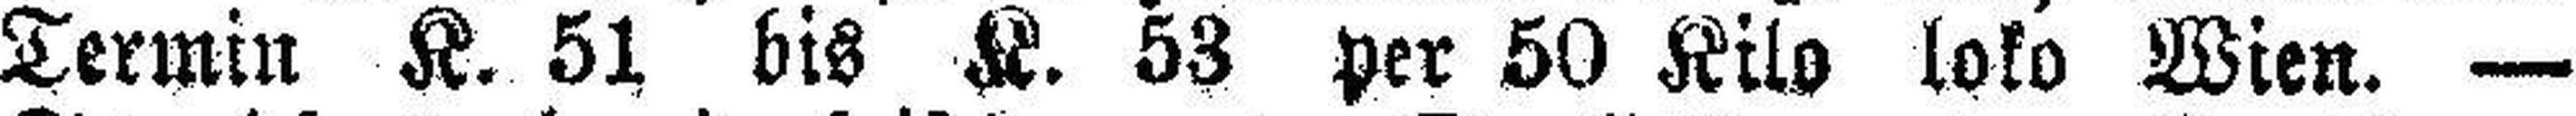
Termin K. 51 bis K. 53 per 50 Kilo loko Wien. —